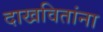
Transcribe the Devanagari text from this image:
दाखवितांना